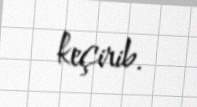
keçirib.